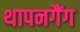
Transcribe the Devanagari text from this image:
थापनगैंग